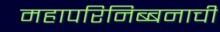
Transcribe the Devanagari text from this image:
महापरिनिब्बनाची